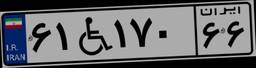
۷۵W۳۶۰۲۵